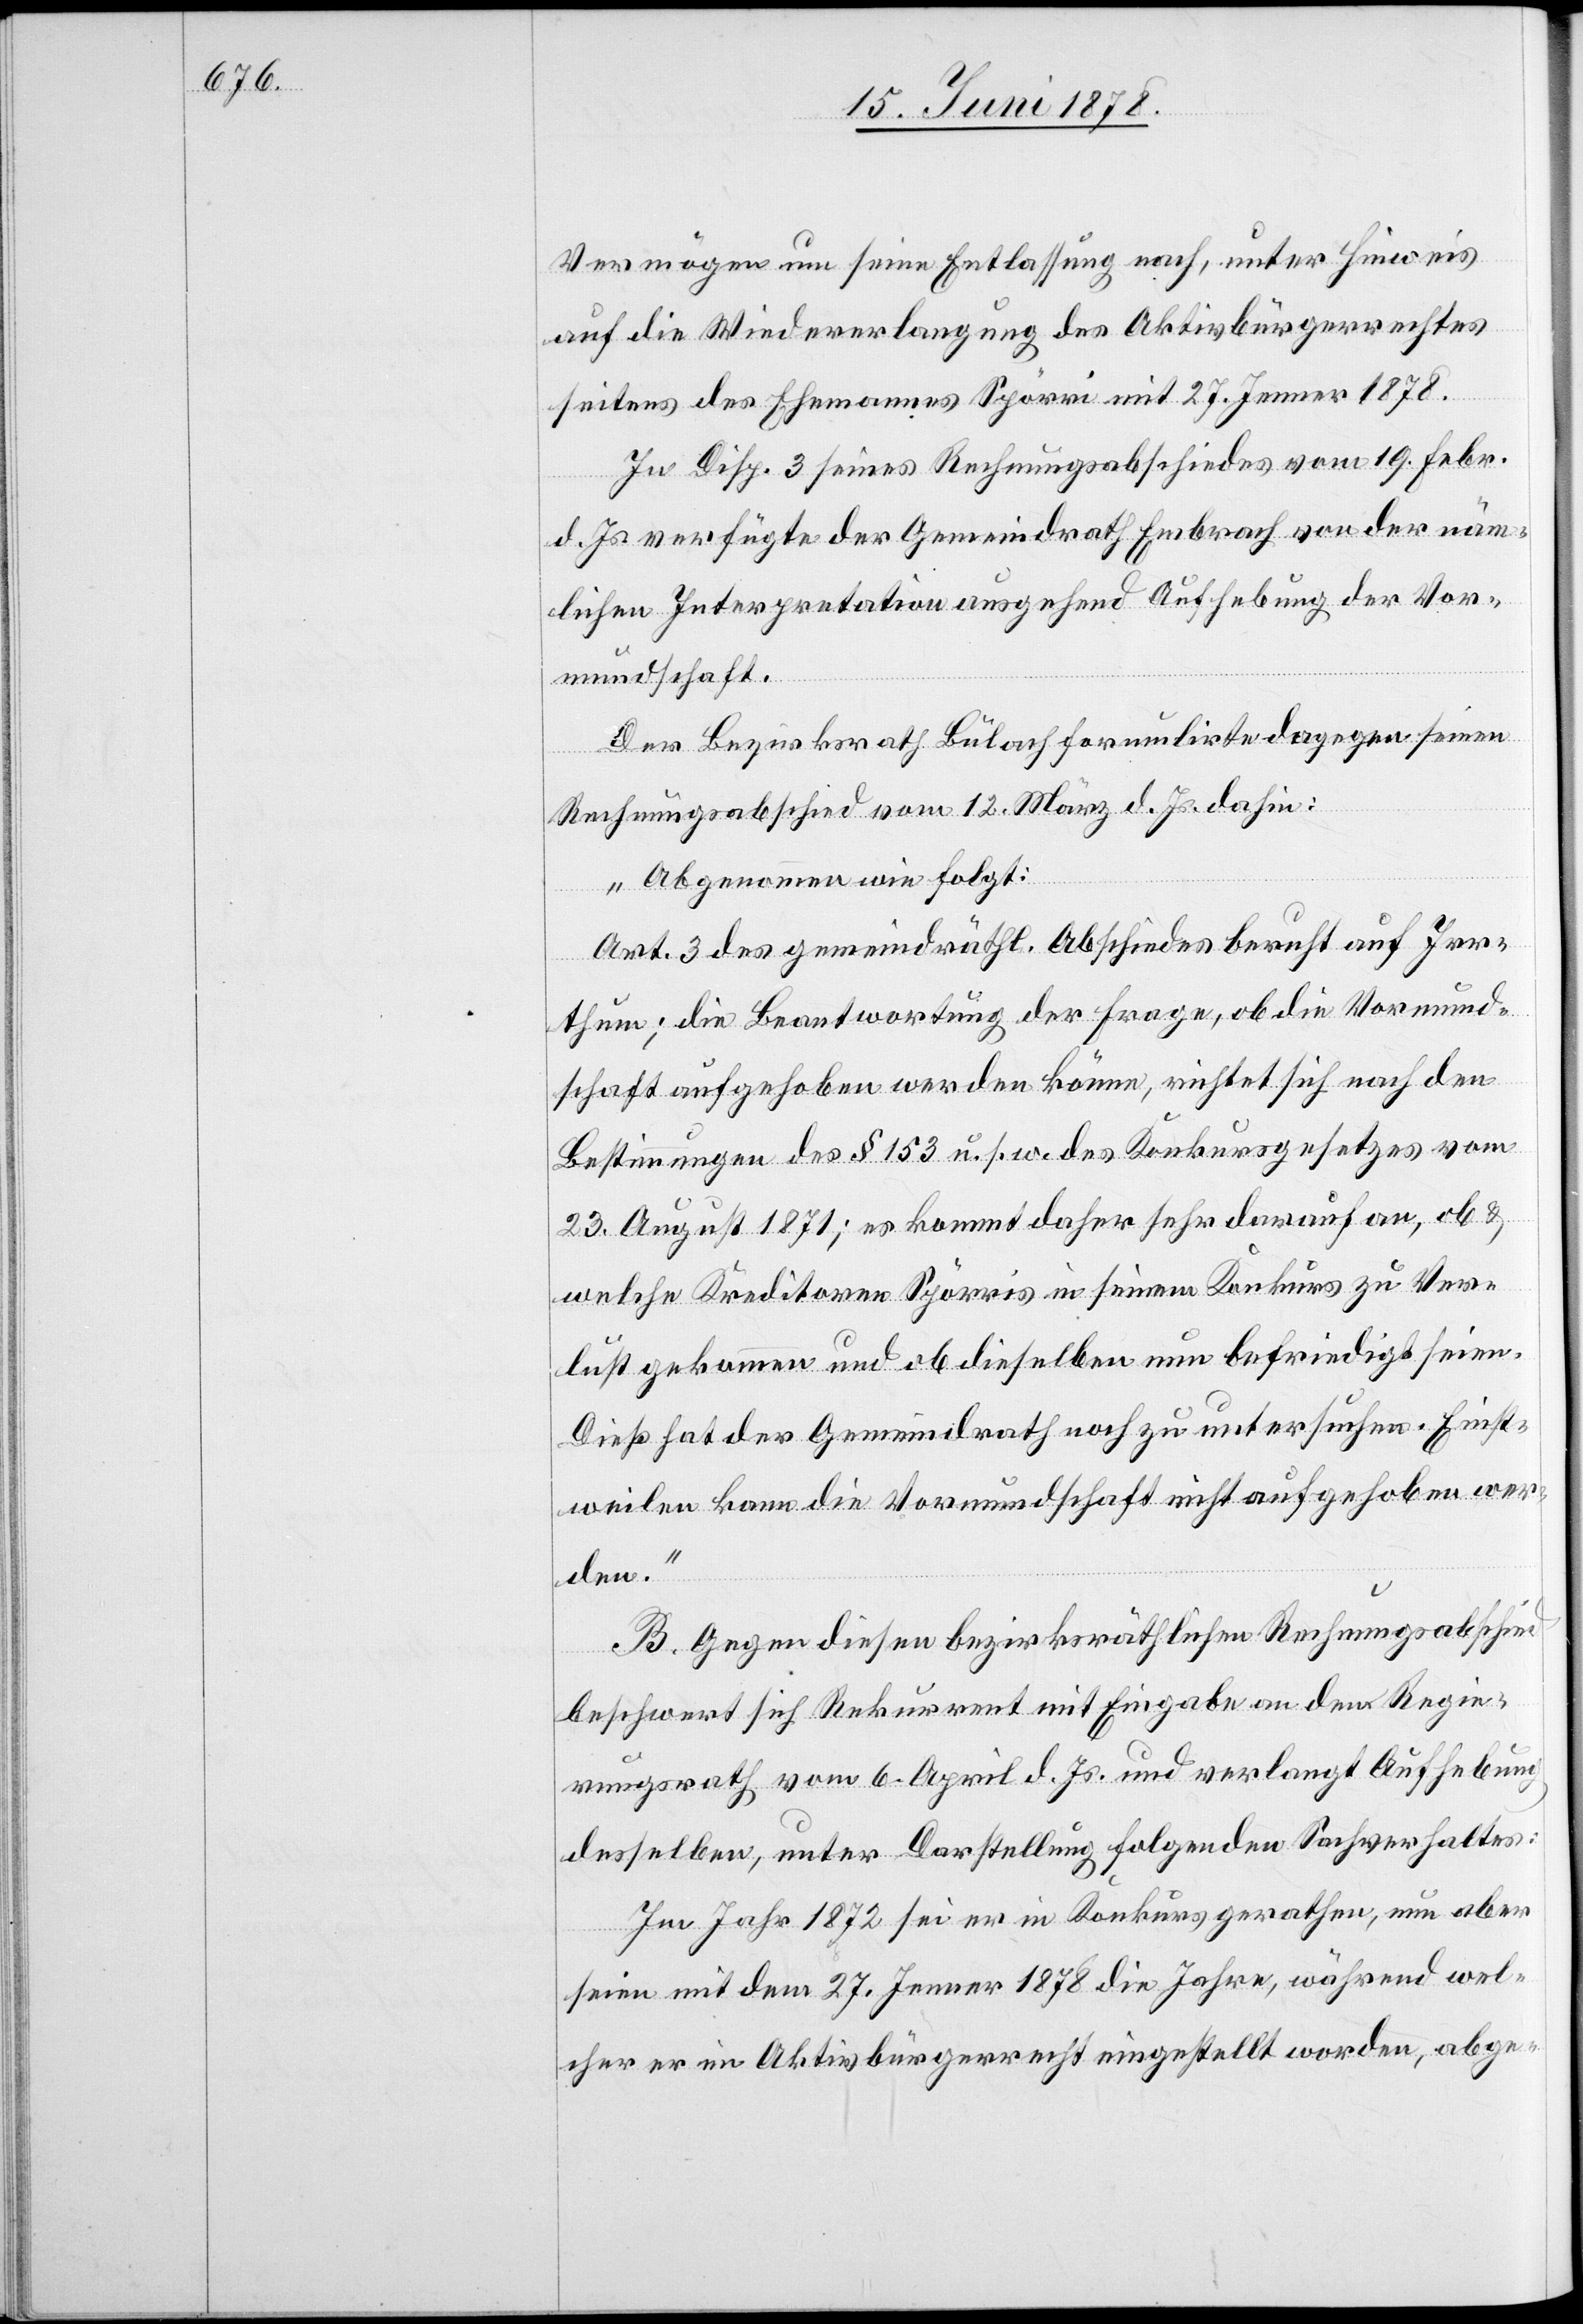
Vermögen um seine Entlassung nach, unter Hinweis
auf die Wiedererlangung des Aktivbürgerrechtes
seitens des Ehemannes Spörri mit 27. Jenner 1878.
In Disp. 3 seines Rechnungsabschiedes vom 19. Febr.
d. Js. verfügte der Gemeindrath Embrach von der näm¬
lichen Interpretation ausgehend Aufhebung der Vor¬
mundschaft.
Der Bezirksrath Bülach formulirte dagegen seinen
Rechnungsabschied vom 12. März d. Js. dahin:
„Abgenommen wie folgt:
Art. 3 des gemeindräthl. Abschiedes beruht auf Irr¬
thum; die Beantwortung der Frage, ob die Vormund¬
schaft aufgehoben werden könne, richtet sich nach den
Bestimmungen des § 153 u. s. w. des Konkursgesetzes vom
23. August 1871; es kommt daher sehr darauf an, ob &
welche Kreditoren Spörris in seinem Konkurs zu Ver¬
lust gekommen und ob dieselben nun befriedigt seien.
Dieß hat der Gemeindrath noch zu untersuchen. Einst¬
weilen kann die Vormundschaft nicht aufgehoben wer¬
den.“
B. Gegen diesen bezirksräthlichen Rechnungsabschied
beschwert sich Rekurrent mit Eingabe an den Regie¬
rungsrath vom 6. April d. Js. und verlangt Aufhebung
desselben, unter Darstellung folgenden Sachverhaltes:
Im Jahr 1872 sei er in Konkurs gerathen, nun aber
seien mit dem 27. Jenner 1878 die Jahre, während wel¬
cher er im Aktivbürgerrecht eingestellt worden, abge-